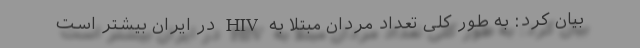
بیان کرد: به‌ طور کلی تعداد مردان مبتلا به HIV در ایران بیشتر است